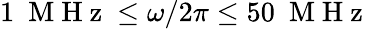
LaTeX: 1~\mathrm{~M~H~z~}\leq\omega/2\pi\leq 50~\mathrm{~M~H~z~}